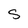
Character: S